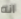
انه